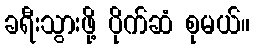
ခရီးသွားဖို့ ပိုက်ဆံ စုမယ်။